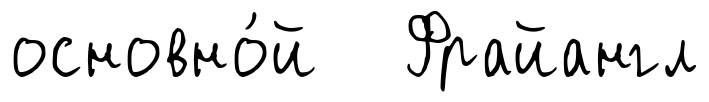
основно́й Фрайангл